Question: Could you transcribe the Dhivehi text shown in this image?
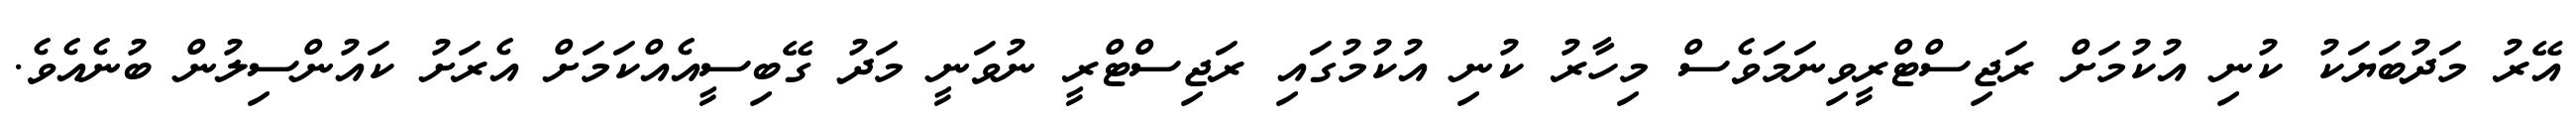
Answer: އޭރު މަދުބަޔަކު ކުނި އުކުމަށް ރަޖިސްޓްރީވިނަމަވެސް މިހާރު ކުނި އުކުމުގައި ރަޖިސްޓްރީ ނުވަނީ މަދު ގޭބިސީއެއްކަމަށް އެރަށު ކައުންސިލުން ބުނެއެވެ.